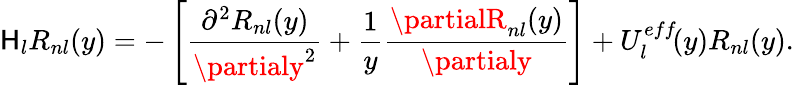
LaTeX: {\cal\mathsf{H}}_{l}R_{nl}(y)=-\left[\frac{{\partial^{2}R_{nl}(y)}}{{\partialy^{2}}}+\frac{{1}}{{y}}\frac{{\partialR_{nl}(y)}}{{\partialy}}\right]+U_{l}^{eff}\! (y)R_{nl}(y).